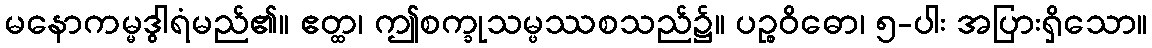
မနောကမ္မဒွါရံမည်၏။ ဧတ္ထ၊ ဤစက္ခုသမ္ဖဿစသည်၌။ ပဉ္စဝိဓော၊ ၅-ပါး အပြားရှိသော။